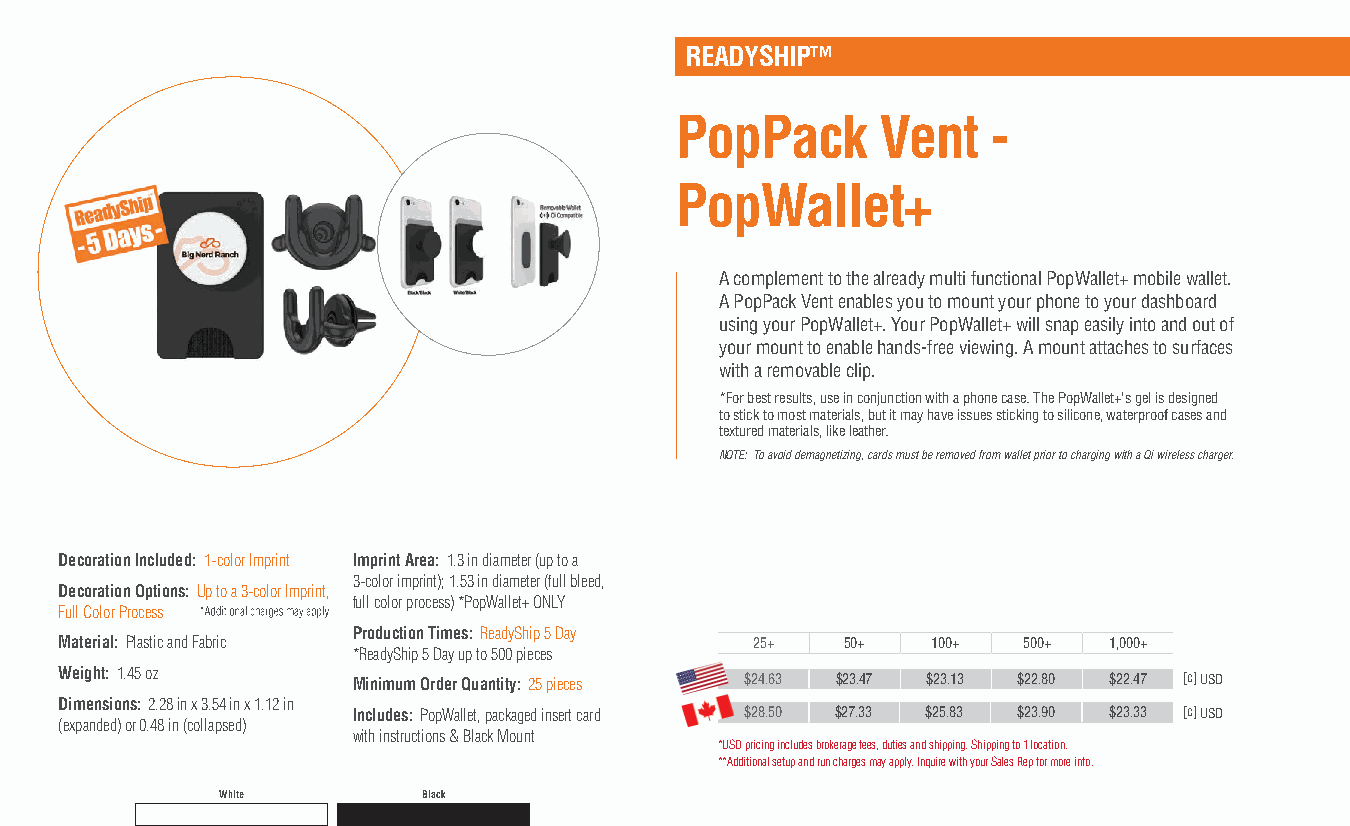
READYSHIP™
 PopPack      Vent    -
 PopWallet+
 A complement to the already multi functional PopWallet+ mobile wallet.
 A PopPack Vent enables you to mount your phone to your dashboard
 using your PopWallet+. Your PopWallet+ will snap easily into and out of
 your mount to enable hands-free viewing. A mount attaches to surfaces
 with a removable clip.
 *For best results, use in conjunction with a phone case. The PopWallet+'s gel is designed
 to stick to most materials, but it may have issues sticking to silicone, waterproof cases and
 textured materials, like leather.
 NOTE: To avoid demagnetizing, cards must be removed from wallet prior to charging with a Qi wireless charger.
 Decoration Included: 1-color Imprint Imprint Area: 1.3 in diameter (up to a
 3-color imprint); 1.53 in diameter (full bleed,
 Decoration Options: Up to a 3-color Imprint,
 full color process) *PopWallet+ ONLY
 Full Color Process
 Production Times: ReadyShip 5 Day
 Material: Plastic and Fabric                  25+   50+   100+  500+ 1,000+
 *ReadyShip 5 Day up to 500 pieces
 Weight: 1.45 oz    Minimum Order Quantity: 25 pieces $24.63 $23.47 $23.13 $22.80 $22.47 [c] USD
 Dimensions: 2.28 in x 3.54 in x 1.12 in
 Includes: PopWallet, packaged insert card $28.50 $27.33 $25.83 $23.90 $23.33 [c] USD
 (expanded) or 0.48 in (collapsed)
 with instructions & Black Mount
 *USD pricing includes brokerage fees, duties and shipping. Shipping to 1 location.
 **Additional setup and run charges may apply. Inquire with your Sales Rep for more info.
 White        Black